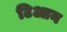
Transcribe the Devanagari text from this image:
टिआन